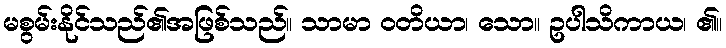
မစွမ်းနိုင်သည်၏အဖြစ်သည်။ သာမာ ဝတိယာ၊ သော။ ဥပါသိကာယ၊ ၏။